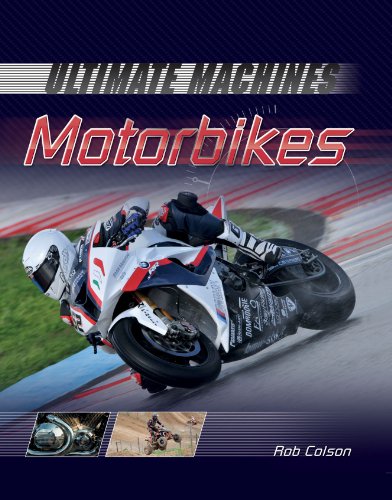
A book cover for Motorbikes (Ultimate Machines); Rob Colson; Children's Books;